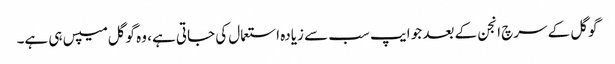
گوگل کے سرچ انجن کے بعد جو ایپ سب سے زیادہ استعمال کی جاتی ہے، وہ گوگل میپس ہی ہے۔